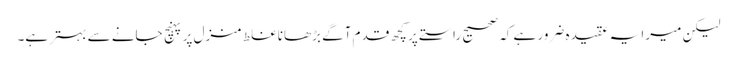
لیکن میرا یہ عقیدہ ضرور ہے کہ صحیح راستے پر کچھ قدم آگے بڑھانا غلط منزل پر پہنچ جانے سے بہتر ہے۔